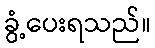
ခွံ့ပေးရသည်။